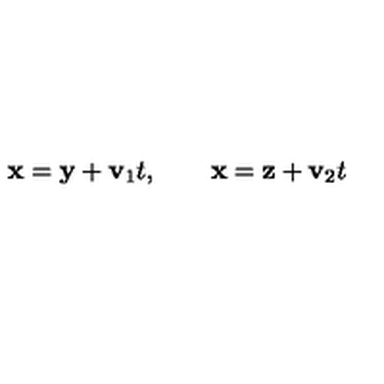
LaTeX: { \bf x } = { \bf y } + { \bf v } _ { 1 } t , \qquad { \bf x } = { \bf z } + { \bf v } _ { 2 } t